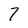
Character: 7